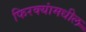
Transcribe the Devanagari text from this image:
फिरक्यांमधील